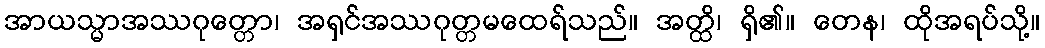
အာယသ္မာအဿဂုတ္တော၊ အရှင်အဿဂုတ္တမထေရ်သည်။ အတ္ထိ၊ ရှိ၏။ တေန၊ ထိုအရပ်သို့။